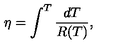
\eta = \int ^ { T } \frac { d T } { R ( T ) } ,